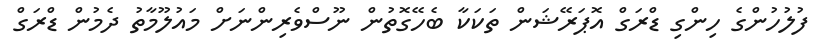
ފުލުހުންގެ ހިންގި ޑްރަގް އޮޕަރޭޝަން ތަކަކާ ބެހޭގޮތުން ނޫސްވެރިންނަށް މައުލޫމާތު ދެމުން ޑްރަގް